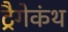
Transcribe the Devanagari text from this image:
ट्रैगेकंथ